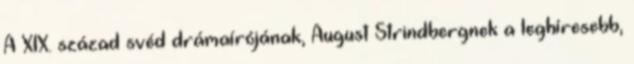
A XIX. század svéd drámaírójának, August Strindbergnek a leghíresebb,